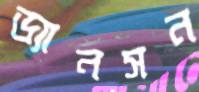
ড্যানসন